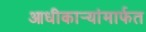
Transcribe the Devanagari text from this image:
आधीकार्‍यांमार्फत